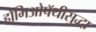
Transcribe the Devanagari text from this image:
होमिओपॅथीसुद्धा